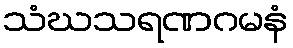
သံဃသရဏဂမနံ